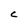
Character: C